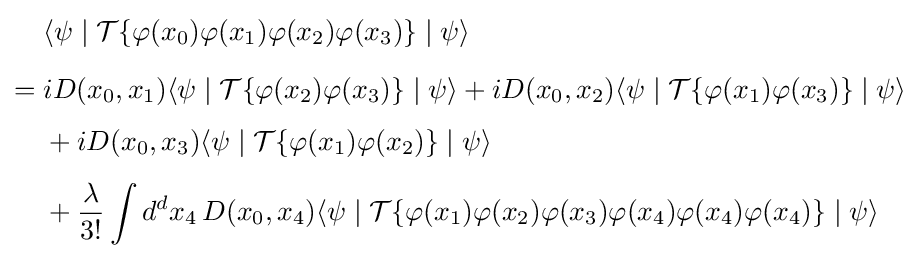
{\begin{aligned}&\langle \psi \mid {\mathcal {T}}\{\varphi (x_{0})\varphi (x_{1})\varphi (x_{2})\varphi (x_{3})\}\mid \psi \rangle \\[6pt]={}&iD(x_{0},x_{1})\langle \psi \mid {\mathcal {T}}\{\varphi (x_{2})\varphi (x_{3})\}\mid \psi \rangle +iD(x_{0},x_{2})\langle \psi \mid {\mathcal {T}}\{\varphi (x_{1})\varphi (x_{3})\}\mid \psi \rangle \\[4pt]&{}+iD(x_{0},x_{3})\langle \psi \mid {\mathcal {T}}\{\varphi (x_{1})\varphi (x_{2})\}\mid \psi \rangle \\[4pt]&{}+{\frac {\lambda }{3!}}\int d^{d}x_{4}\,D(x_{0},x_{4})\langle \psi \mid {\mathcal {T}}\{\varphi (x_{1})\varphi (x_{2})\varphi (x_{3})\varphi (x_{4})\varphi (x_{4})\varphi (x_{4})\}\mid \psi \rangle \end{aligned}}